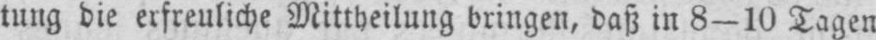
tung die erfreuliche Mittheilung bringen, daß in 8-10 Tagen